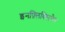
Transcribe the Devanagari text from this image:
इनफ़्लिक्सिमैब